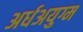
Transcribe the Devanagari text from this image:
अर्धअयुग्म